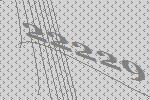
22229